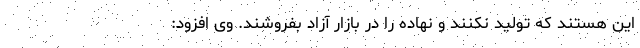
این هستند که تولید نکنند و نهاده را در بازار آزاد بفروشند. وی افزود: